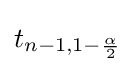
t_{n-1,1-{\frac {\alpha }{2}}}